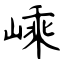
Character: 嵊